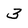
Character: 3